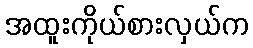
အထူးကိုယ်စားလှယ်က